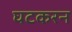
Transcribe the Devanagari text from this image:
घटकरन